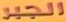
الجبر